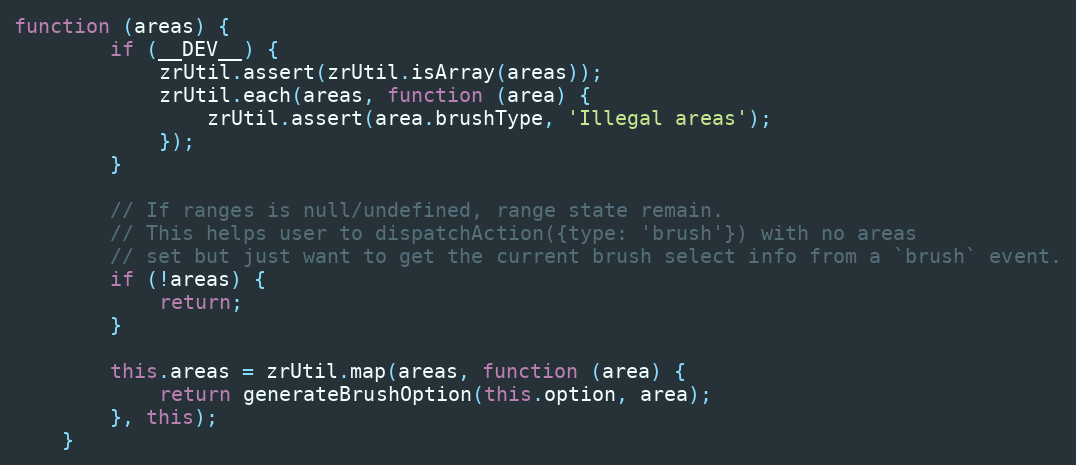
Language: JavaScript
function (areas) {
        if (__DEV__) {
            zrUtil.assert(zrUtil.isArray(areas));
            zrUtil.each(areas, function (area) {
                zrUtil.assert(area.brushType, 'Illegal areas');
            });
        }

        // If ranges is null/undefined, range state remain.
        // This helps user to dispatchAction({type: 'brush'}) with no areas
        // set but just want to get the current brush select info from a `brush` event.
        if (!areas) {
            return;
        }

        this.areas = zrUtil.map(areas, function (area) {
            return generateBrushOption(this.option, area);
        }, this);
    }